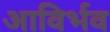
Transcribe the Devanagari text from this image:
आविर्भव